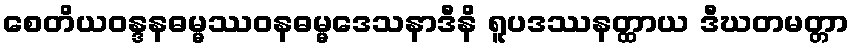
စေတိယဝန္ဒနဓမ္မဿဝနဓမ္မဒေသနာဒီနိ ရူပဒဿနတ္ထာယ ဒီဃတမတ္တာ